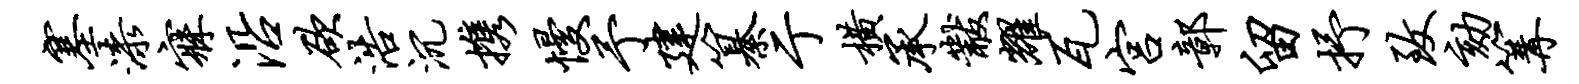
塞漆寐沿欲浩沉携慢予建纂亍横承黻耀瓦宫鄣留抒致劾篝